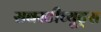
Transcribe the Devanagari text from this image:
सबस्टीच्यूट्स